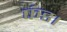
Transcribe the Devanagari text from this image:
फंड।